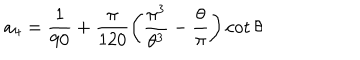
a _ { 4 } = \frac { 1 } { 9 0 } + \frac { \pi } { 1 2 0 } \left( \frac { \pi ^ { 3 } } { \theta ^ { 3 } } - \frac { \theta } { \pi } \right) \cot \theta